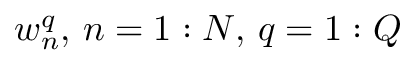
w _ { n } ^ { q } , \, n = 1 : N , \, q = 1 : Q